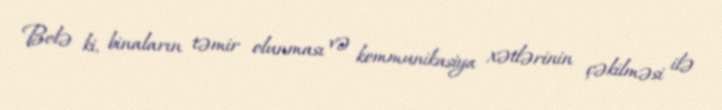
Belə ki, binaların təmir olunması və kommunikasiya xətlərinin çəkilməsi ilə